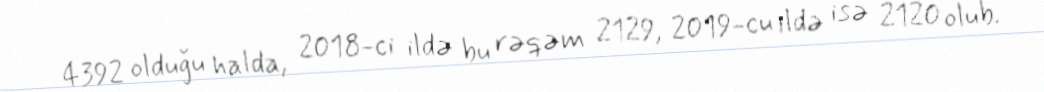
4392 olduğu halda, 2018-ci ildə bu rəqəm 2129, 2019-cu ildə isə 2120 olub.